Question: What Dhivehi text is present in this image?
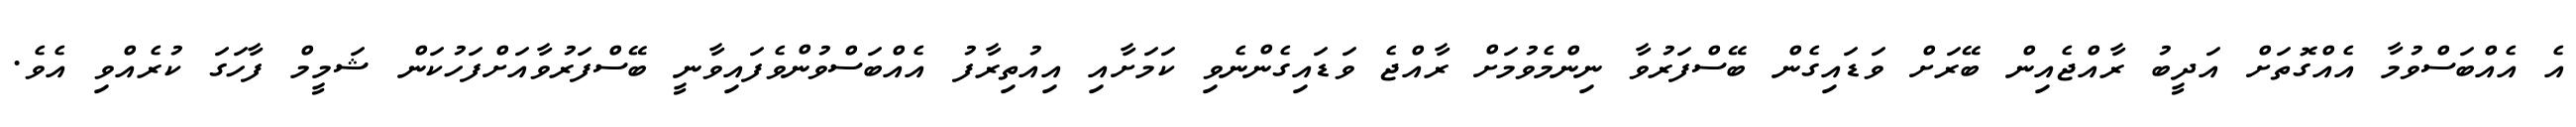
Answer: އެ އެއްބަސްވުމާ އެއްގޮތަށް އަދީބު ރާއްޖެއިން ބޭރަށް ވަޑައިގެން ބޭސްފަރުވާ ނިންމެވުމަށް ރާއްޖެ ވަޑައިގެންނެވި ކަމަށާއި އިއުތިރާފު އެއްބަސްވުންވެފައިވާނީ ބޭސްފަރުވާއަށްފަހުކަން ޝަމީމް ފާހަގަ ކުރެއްވި އެވެ.